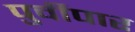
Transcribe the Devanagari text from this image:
पुर्वीपार